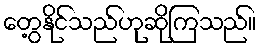
တွေ့နိုင်သည်ဟုဆိုကြသည်။